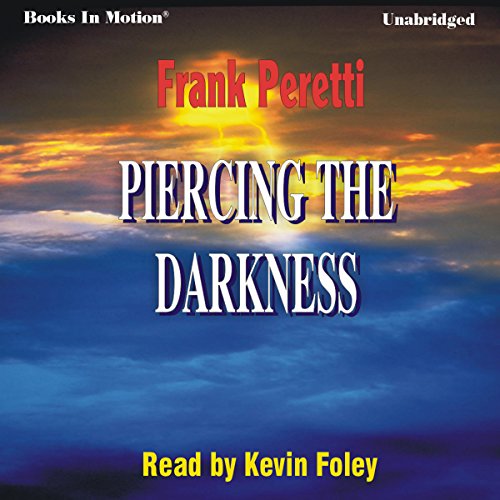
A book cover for Piercing the Darkness; Frank Peretti; Religion & Spirituality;